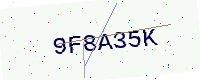
Text: 9F8A35K